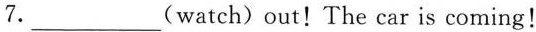
7. ___ (watch) out! The car is coming!